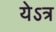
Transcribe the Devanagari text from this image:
येऽत्र